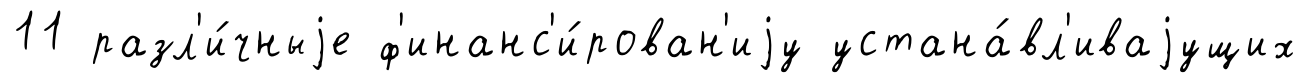
11 разл'и́чныjе ф'инанс'и́рован'иjу устана́вл'иваjущих